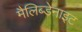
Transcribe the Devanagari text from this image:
मैलिब्डेनाइट